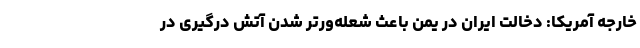
خارجه آمریکا: دخالت ایران در یمن باعث شعله‌ورتر شدن آتش درگیری در